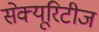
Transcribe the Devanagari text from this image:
सेक्यूरिटीज